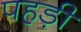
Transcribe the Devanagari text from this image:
पहड़ी